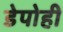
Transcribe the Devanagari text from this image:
डेपोही